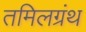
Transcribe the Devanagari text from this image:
तमिलग्रंथ